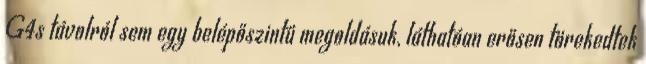
G4s távolról sem egy belépőszintű megoldásuk, láthatóan erősen törekedtek